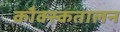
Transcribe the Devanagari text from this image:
कौक्स्कतालन